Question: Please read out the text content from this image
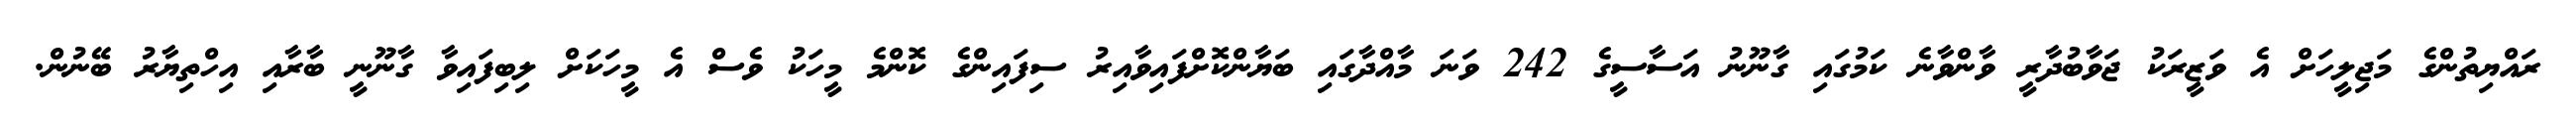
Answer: ރައްޔިތުންގެ މަޖިލީހަށް އެ ވަޒީރަކު ޖަވާބުދާރީ ވާންވާނެ ކަމުގައި ގާނޫނު އަސާސީގެ 242 ވަނަ މާއްދާގައި ބަޔާންކޮށްފައިވާއިރު ސިފައިންގެ ކޮންމެ މީހަކު ވެސް އެ މީހަކަށް ލިބިފައިވާ ގާނޫނީ ބާރާއި އިހްތިޔާރު ބޭނުން.